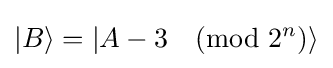
|B\rangle =|A-3{\pmod {2^{n}}}\rangle